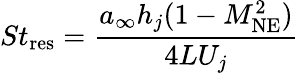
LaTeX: St_{\textrm{res}}=\frac{a_{\infty}h_{j}(1-M_{\textrm{NE}}^{2})}{4LU_{j}}